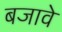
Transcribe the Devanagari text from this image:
बजावे